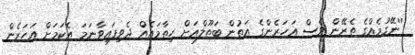
''ނޭގުމެއްގެ ތެރޭން ވެސް އަހަރެންގެ އަތުން ބަތޫލްއަށް ހިތާމައެއް ދެވިފައިވާނަމަ އެކަމަށް އަހަރެން